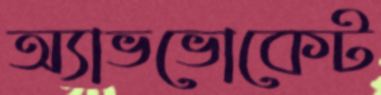
অ্যাভভোকেট